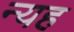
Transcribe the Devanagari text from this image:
न्यह